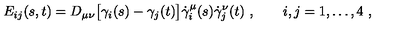
E _ { i j } ( s , t ) = D _ { \mu \nu } \bigl [ \gamma _ { i } ( s ) - \gamma _ { j } ( t ) \bigr ] \dot { \gamma } _ { i } ^ { \mu } ( s ) \dot { \gamma } _ { j } ^ { \nu } ( t ) \ , \qquad i , j = 1 , \dots , 4 \ ,